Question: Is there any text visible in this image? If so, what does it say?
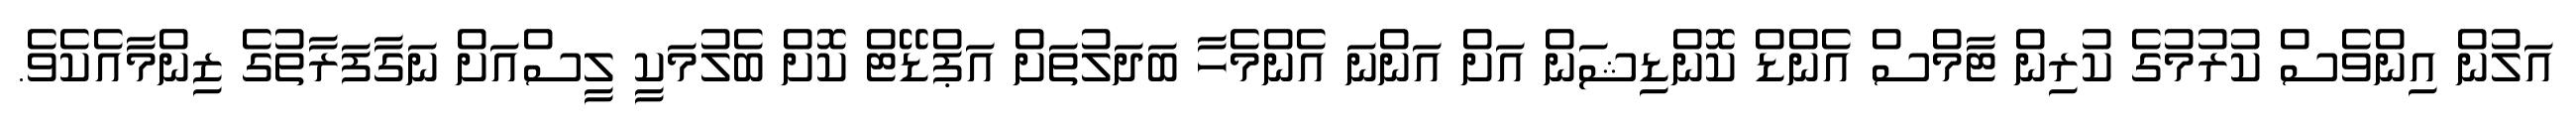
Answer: އަލުން އިންވެސް ކުރުމުގެ ކުރިން ޓާމްސް އެންޑް ކޮންޑިޝަން އަށް އަންނަ އެންމެހާ ބަދަލުތަށް އަޕްޑޭޓް ކޮށް ބެލުމަކީ ލީސްއަށް ނަގާފަރާތުގެ ޒިންމާއެކެވެ.